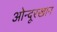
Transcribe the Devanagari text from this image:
ओन्दूरखान